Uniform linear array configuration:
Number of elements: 16
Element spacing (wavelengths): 0.5
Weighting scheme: binomial
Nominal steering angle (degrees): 0
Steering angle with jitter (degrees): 0.8337
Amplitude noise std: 0.05
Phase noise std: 0.05

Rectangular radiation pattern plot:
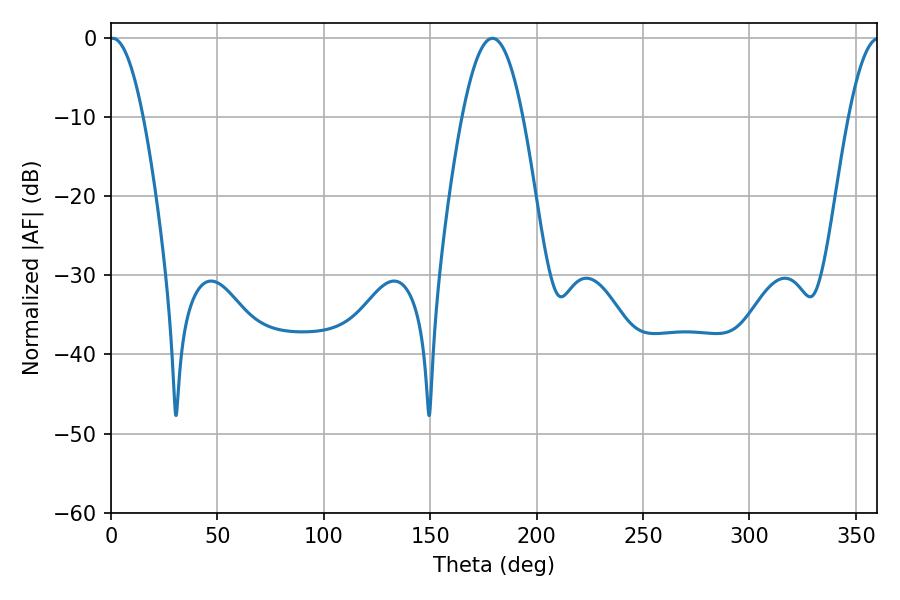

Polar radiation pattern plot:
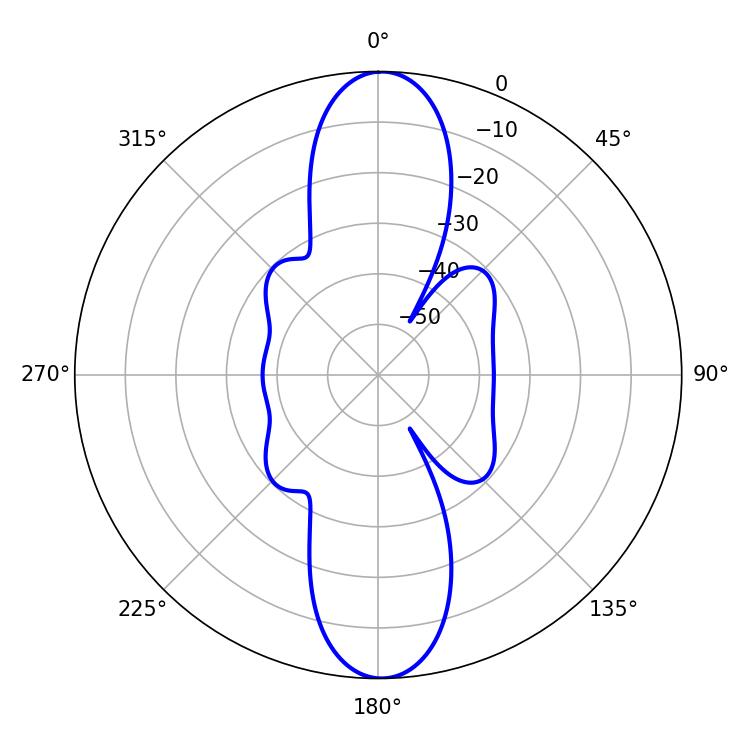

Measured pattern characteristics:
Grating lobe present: FALSE
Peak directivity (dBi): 24.165
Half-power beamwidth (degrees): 8.46
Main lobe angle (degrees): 0.72